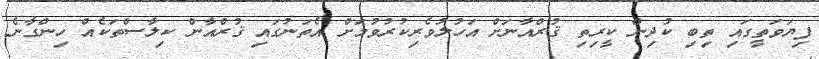
ފިޔަވަތީގައި ތިބި ކުދިން ކީރިތި ޤުރްއާނަށް އަހުލުވެރިކުރުވުމަށް އެތަނުގައި ޤުރްއާން ކިލާސްތަކެއް ހިންގާނެ